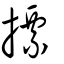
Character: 摽